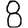
Digit: 8